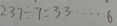
2 3 7 \div 7 = 3 3 \cdots 6